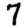
Digit: 7